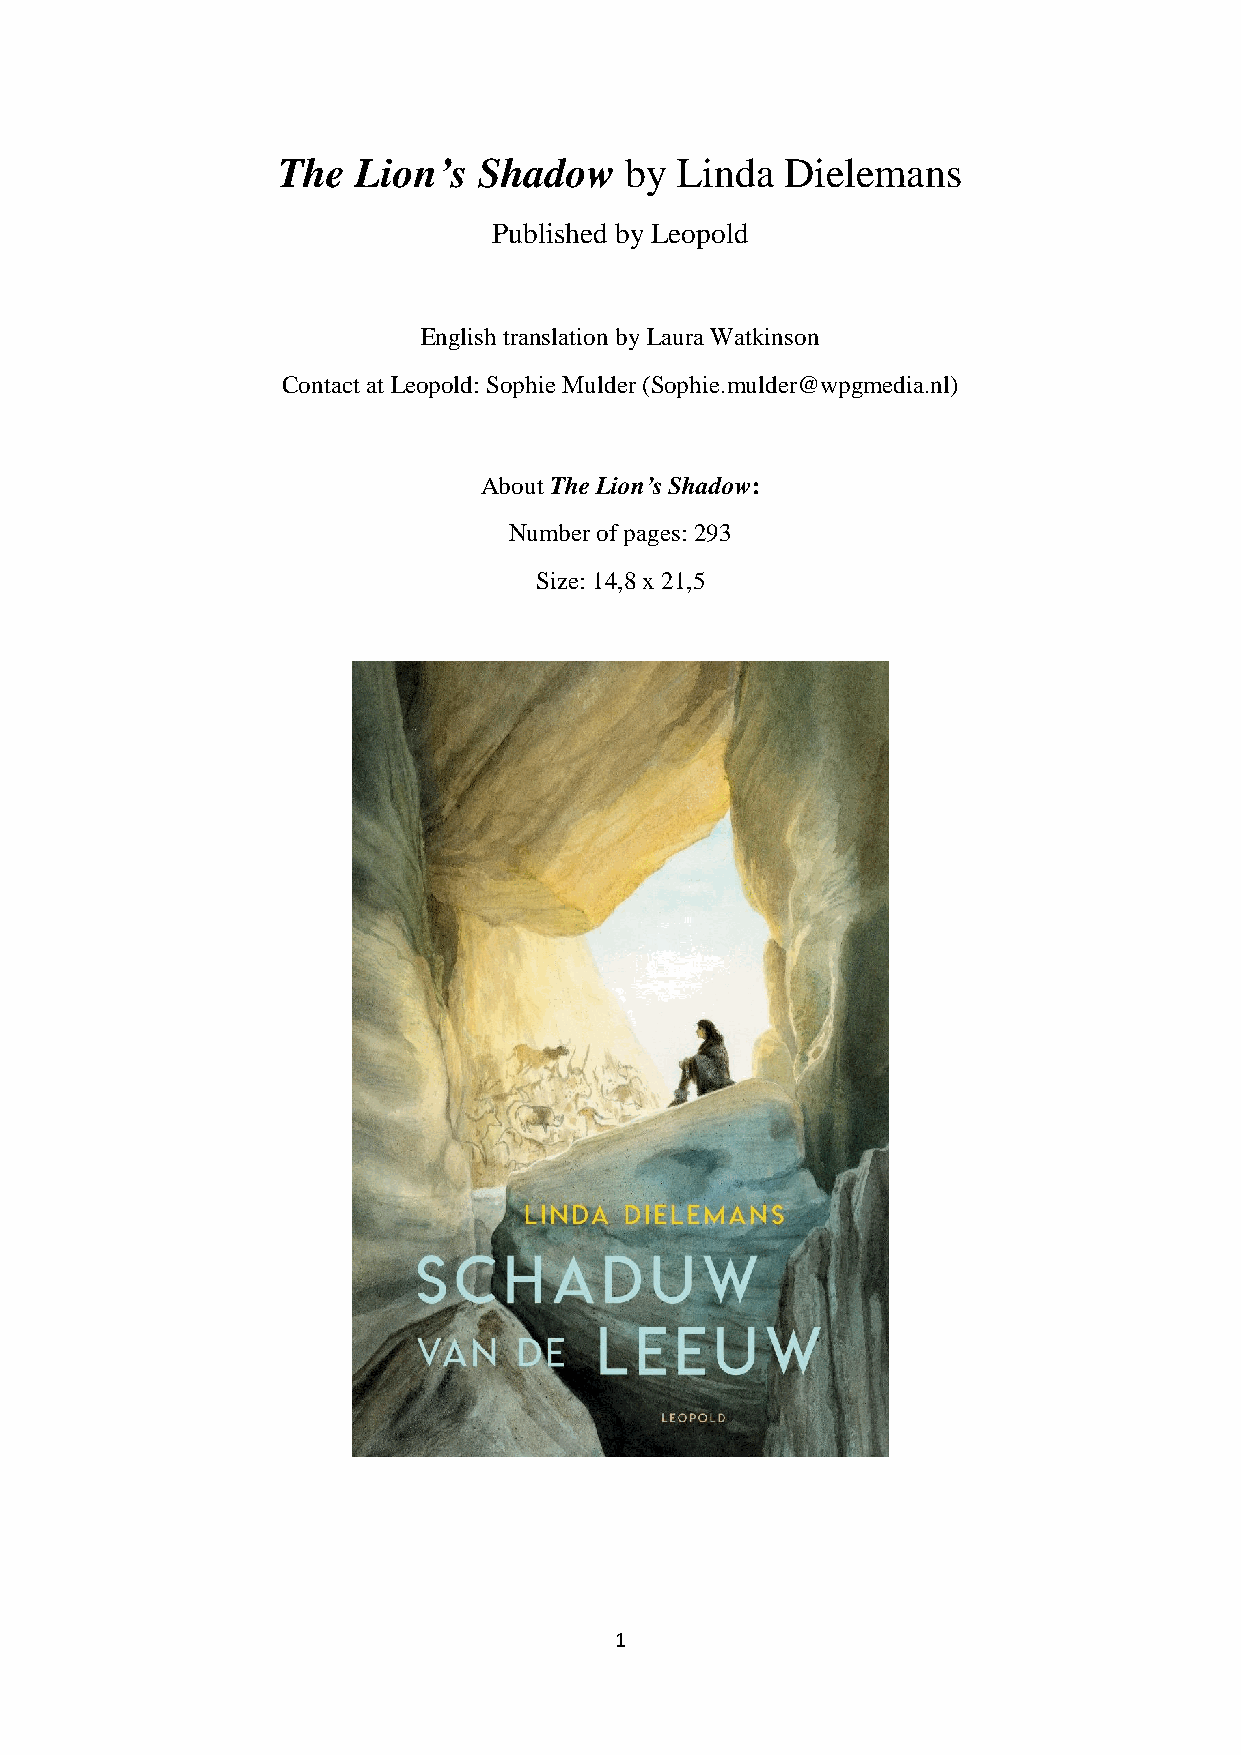
The   Lion’s  Shadow   by  Linda  Dielemans
 Published by Leopold
 English translation by Laura Watkinson
 Contact at Leopold: Sophie Mulder (Sophie.mulder@wpgmedia.nl)
 About The Lion’s Shadow:
 Number of pages: 293
 Size: 14,8 x 21,5
 1